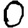
Digit: 0